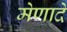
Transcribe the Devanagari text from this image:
मेणादे